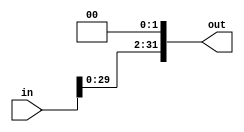
module shift_left_2(in,out
    );
parameter size = 32;

input [size-1:0] in;
output [size-1:0] out;

assign out = {in[size-3:0],2'b00};

endmodule